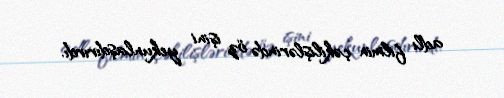
adlı filmin çəkilişlərində öz işini yekunlaşdırırdı.